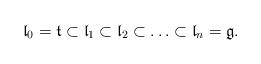
LaTeX: \begin{align*}\mathfrak l_0=\mathfrak t\subset \mathfrak l_1\subset\mathfrak l_2\subset\ldots \subset\mathfrak l_n=\mathfrak g.\end{align*}